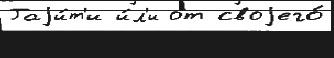
Гаjи́т'и и́л'и от своjего́